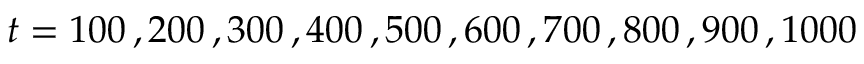
t = 1 0 0 \, , 2 0 0 \, , 3 0 0 \, , 4 0 0 \, , 5 0 0 \, , 6 0 0 \, , 7 0 0 \, , 8 0 0 \, , 9 0 0 \, , 1 0 0 0